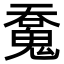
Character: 𩳝